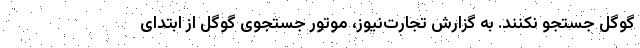
گوگل جستجو نکنند. به گزارش تجارت‌نیوز، موتور جستجوی گوگل از ابتدای